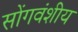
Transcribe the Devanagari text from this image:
सोंगवंशीय